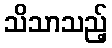
သိသာသည့်